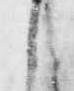
了